King Institute of Preventive Medicine Micro-Biological Section reports 1909-11
Year: 1909
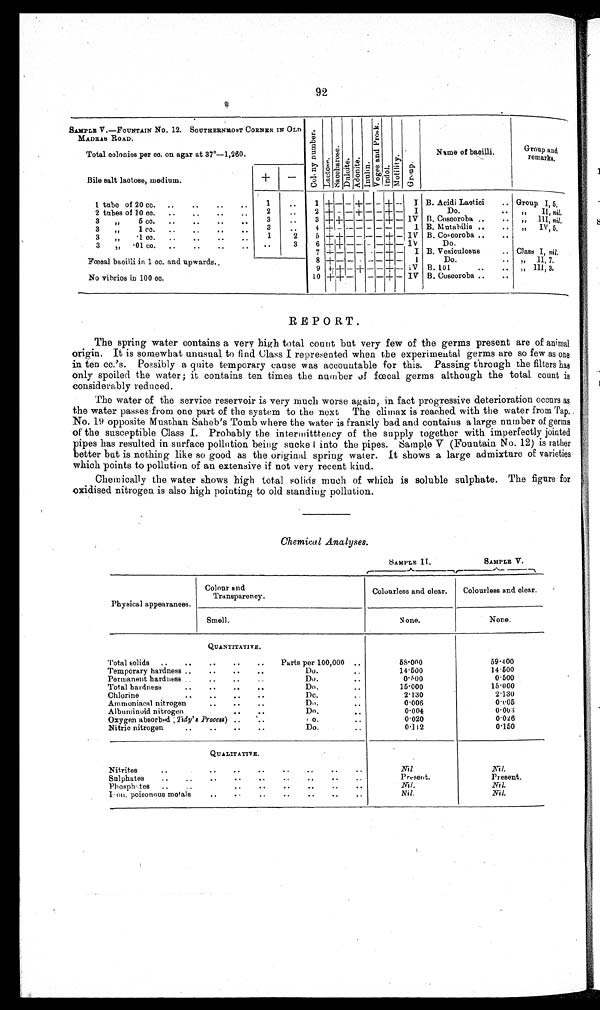
92
SAMPLE V.—FOUNTAIN No. 12. SOUTHERNMOST CORNER IN OLD
MADRAS ROAD.
C o l o n y n u m b e r .
Lact ose.
Saccharose.
Dul c i t e.
Adoni t e . I nul i n.
V o g e s a n d P r o s k .
I ndol .
Mot i l i t y.
Gr oup.
Name of bacilli.
Group
and
remarks.
Total colonies per cc. on agar at 37°—1,260.
Bile salt lactose, medium.
+
—
1 tube of 20 cc.
..
..
..
..
1
..
1 + — — + — — + — I B. Acidi Lactici
.. Group I, 5.
2 tubes of 10 cc. ..
..
..
. .
2
..
2 + ——+ — — + — I
Do.
.. ,,
II, nil.
3
,,
5 cc.
. .
. .
. .
. .
3
. .
3 + + — — — — + — IV B. Coscoroba ..
..
„ III, nil.
3
„
1 cc. ..
..
..
..
3
..
4 + — — — — — — —
I B. Mutabilis ..
. . ,, IV, 5.
3
.1 cc.
1
2
5 + + ————+ — IV B. Coscoroba ....
3
„
. 0 1 c c .
..
3
6 + + —— ——+ — IV
Do.
7 + — — — ——+ — I B. Vesiculosus
.. Class I, nil.
Fœcal bacilli in 1 cc. and upwards..
8 + ——— —— + — I
Do...
..
,, II, 7,
9 + + —+ ——+ — IV B. 101 .. ..
„ III, 3,
No vibrios in 100 cc.
10 +
+ — —
— + — IV B. Coscoroba ..
..
REPORT.
The spring water contains a very high total count but very few of the germs present are of animal
origin. It is somewhat unusual to find Class I represented when the experimental germs are so few as one
in ten cc.'s. Possibly a quite temporary cause was accountable for this. Passing through the filters has
only spoiled the water; it contains ten times the number of fœcal germs although the total count is
considerably reduced.
'The water of the service reservoir is very much worse again, in fact progressive deterioration occurs as
the water passes from one part of the system to the next The climax is reached with the water from Tap.
No. 19 opposite Musthan Saheb's Tomb where the water is frankly bad and contains a large number of germs
of the susceptible Class I. Probably the intermitttency of the supply together with imperfectly jointed
pipes has resulted in surface pollution being sucke 1 into the pipes. Sample V (Fountain No. 12) is rather
better but is nothing like so good as the original spring water. It shows a large admixture of varieties
which points to pollution of an extensive if not very recent kind.
Chemically the water shows high total solids much of which is soluble sulphate. The figure for
oxidised nitrogen is also high pointing to old standing pollution.
Chemical Analyses.
SAMPLE II .
SAMPLE V.
Physical appearances.
Colour and
Transparency.
Colourless and clear.
Colourless and clear.
Smell.
None.
None.
QUANTITATIVE.
Total solids ..
..
..
..
..
Parts per 100,000 ..
58.000
59.400
Temporary hardness ..
..
..
..
Do...
14.500
14.500
Permanent hardness..,
..
..
..
Do.
..
0.500
0.500
Total hardness
..
..
..
..
Do.
15.000
15.000
Chlorine
..
..
..
. .
Dc.
..
2.130
2 . 1 3 0
Ammoniacal nitrogen
..
..
..
Do.
..
0.006
0.005
Albuminoid nitrogen
. . ..
Do...
0.004
0.003
Oxygen absorbed ( Tidy's Process) ..
..
D o .
. .
0.020
0.026
Nitric nitrogen
..
..
..
..
Do.
0.112
0 . 1 5 0
QUALITATIVE.
Nitrites
..
..
..
..
..
..
..
..
Nil.
Nil.
Sulphates
..
..
..
..
..
. . . . . . ..
Present.
Present.
Phosphates ..
..
..
..
..
..
..
..
Nil.
Nil.
Iron, poisonous metals .. .. .. .. .. .. ..
Nil.
Nil.